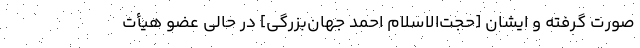
صورت گرفته و ایشان [حجت‌الاسلام احمد جهان‌بزرگی] در حالی عضو هیأت